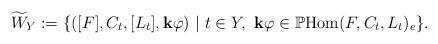
LaTeX: \begin{align*}\widetilde{W}_Y:=\{([F],C_t,[L_t],\mathbf{k}\varphi)\ |\ t\in Y,\ \mathbf{k}\varphi\in\mathbb{P}\mathrm{Hom}(F,C_t,L_t)_e\}.\end{align*}